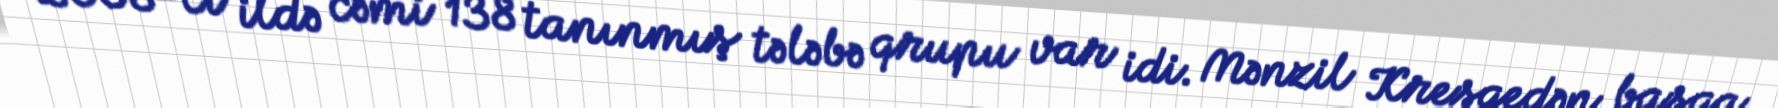
2008-ci ildə cəmi 138 tanınmış tələbə qrupu var idi. Mənzil Kresqedən başqa